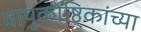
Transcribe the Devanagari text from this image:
वायुकोष्ठिकांच्या